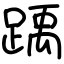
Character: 踽